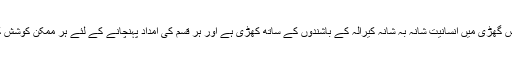
مشکل کی اس گھڑی میں انسانیت شانہ بہ شانہ کیرالہ کے باشندوں کے ساتھ کھڑی ہے اور ہر قسم کی امداد پہنچانے کے لئے ہر ممکن کوشش کر رہی ہے۔